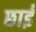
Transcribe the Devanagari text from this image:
छाईं